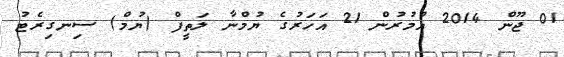
01 ޖޫން 2014 އުމުރުން 21 އަހަރުގެ ޔުމްނާ ލަތީފް (ޔުމް) ސިނގިރެޓު